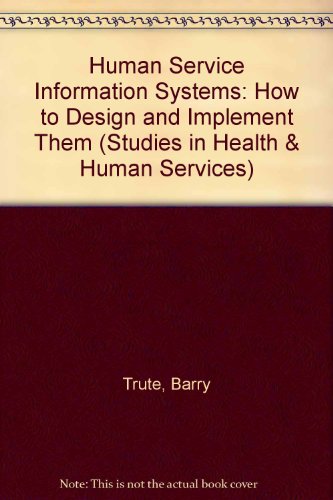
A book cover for Human Service Information Systems: How to Design and Implement Them (Studies in Health & Human Services); Barry Trute; Medical Books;